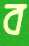
ব